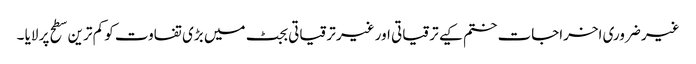
غیر ضروری اخراجات ختم کیے ترقیاتی اور غیر ترقیاتی بجٹ میں بڑی تفاوت کو کم ترین سطح پر لایا ۔